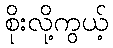
စိုးလို့ကွယ့်